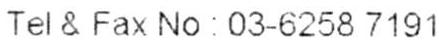
TEI & FAX NO : 03-6258 7191